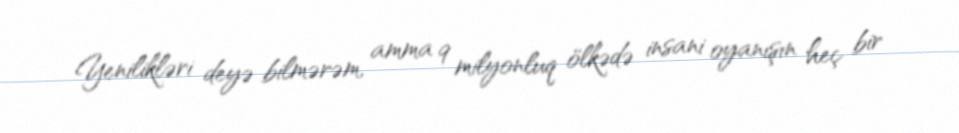
Yenilikləri deyə bilmərəm, amma 9 milyonluq ölkədə insani oyanışın heç bir